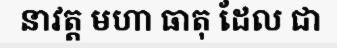
នាវត្ត មហា ធាតុ ដែល ជា